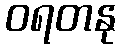
ဝရတနု